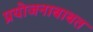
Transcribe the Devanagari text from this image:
प्रयोजनाबाबत